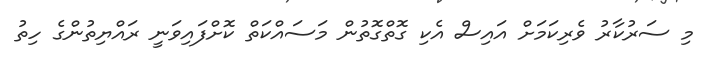
މި ސަރުކާރު ވެރިކަމަށް އައިސް އެކި ގޮތްގޮތުން މަސައްކަތް ކޮށްފައިވަނީ ރައްޔިތުންގެ ހިތު